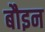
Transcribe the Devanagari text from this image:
बौइन